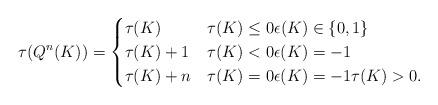
LaTeX: \begin{align*} \tau(Q^n(K)) = \begin{cases}\tau(K) & \tau(K) \le 0 \epsilon(K) \in \{0,1\} \\\tau(K) + 1 & \tau(K) < 0 \epsilon(K) = -1 \\\tau(K) + n & \tau(K) = 0 \epsilon(K) = -1 \tau(K) > 0.\end{cases}\end{align*}